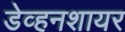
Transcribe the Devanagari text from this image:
डेव्हनशायर